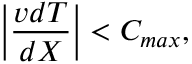
\Big | \frac { v d T } { d X } \Big | < C _ { m a x } ,